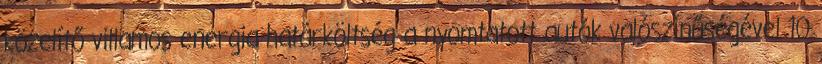
közelítő villamos energia határköltség a nyomtatott autók valószínűségével 10